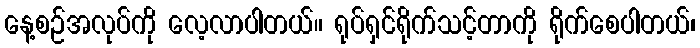
နေ့စဉ်အလုပ်ကို လေ့လာပါတယ်။ ရုပ်ရှင်ရိုက်သင့်တာကို ရိုက်စေပါတယ်၊